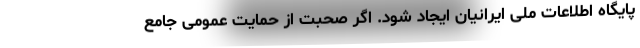
پایگاه اطلاعات ملی ایرانیان ایجاد شود. اگر صحبت از حمایت عمومی جامع